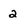
Character: 2